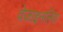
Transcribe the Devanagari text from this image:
वेजाइनलिस